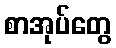
စာအုပ်တွေ